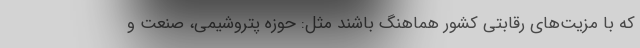
که با مزیت‌های رقابتی کشور هماهنگ باشند مثل: حوزه پتروشیمی، صنعت و